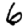
Digit: 6